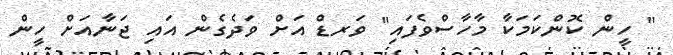
" ހީން ކޮންކަމަކާ މާހާސްވެފައި" ވަރޑް އަށް ވަދެގެން އައި ޖަނާއަށް ހީން